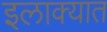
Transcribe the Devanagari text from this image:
इलाक्यात